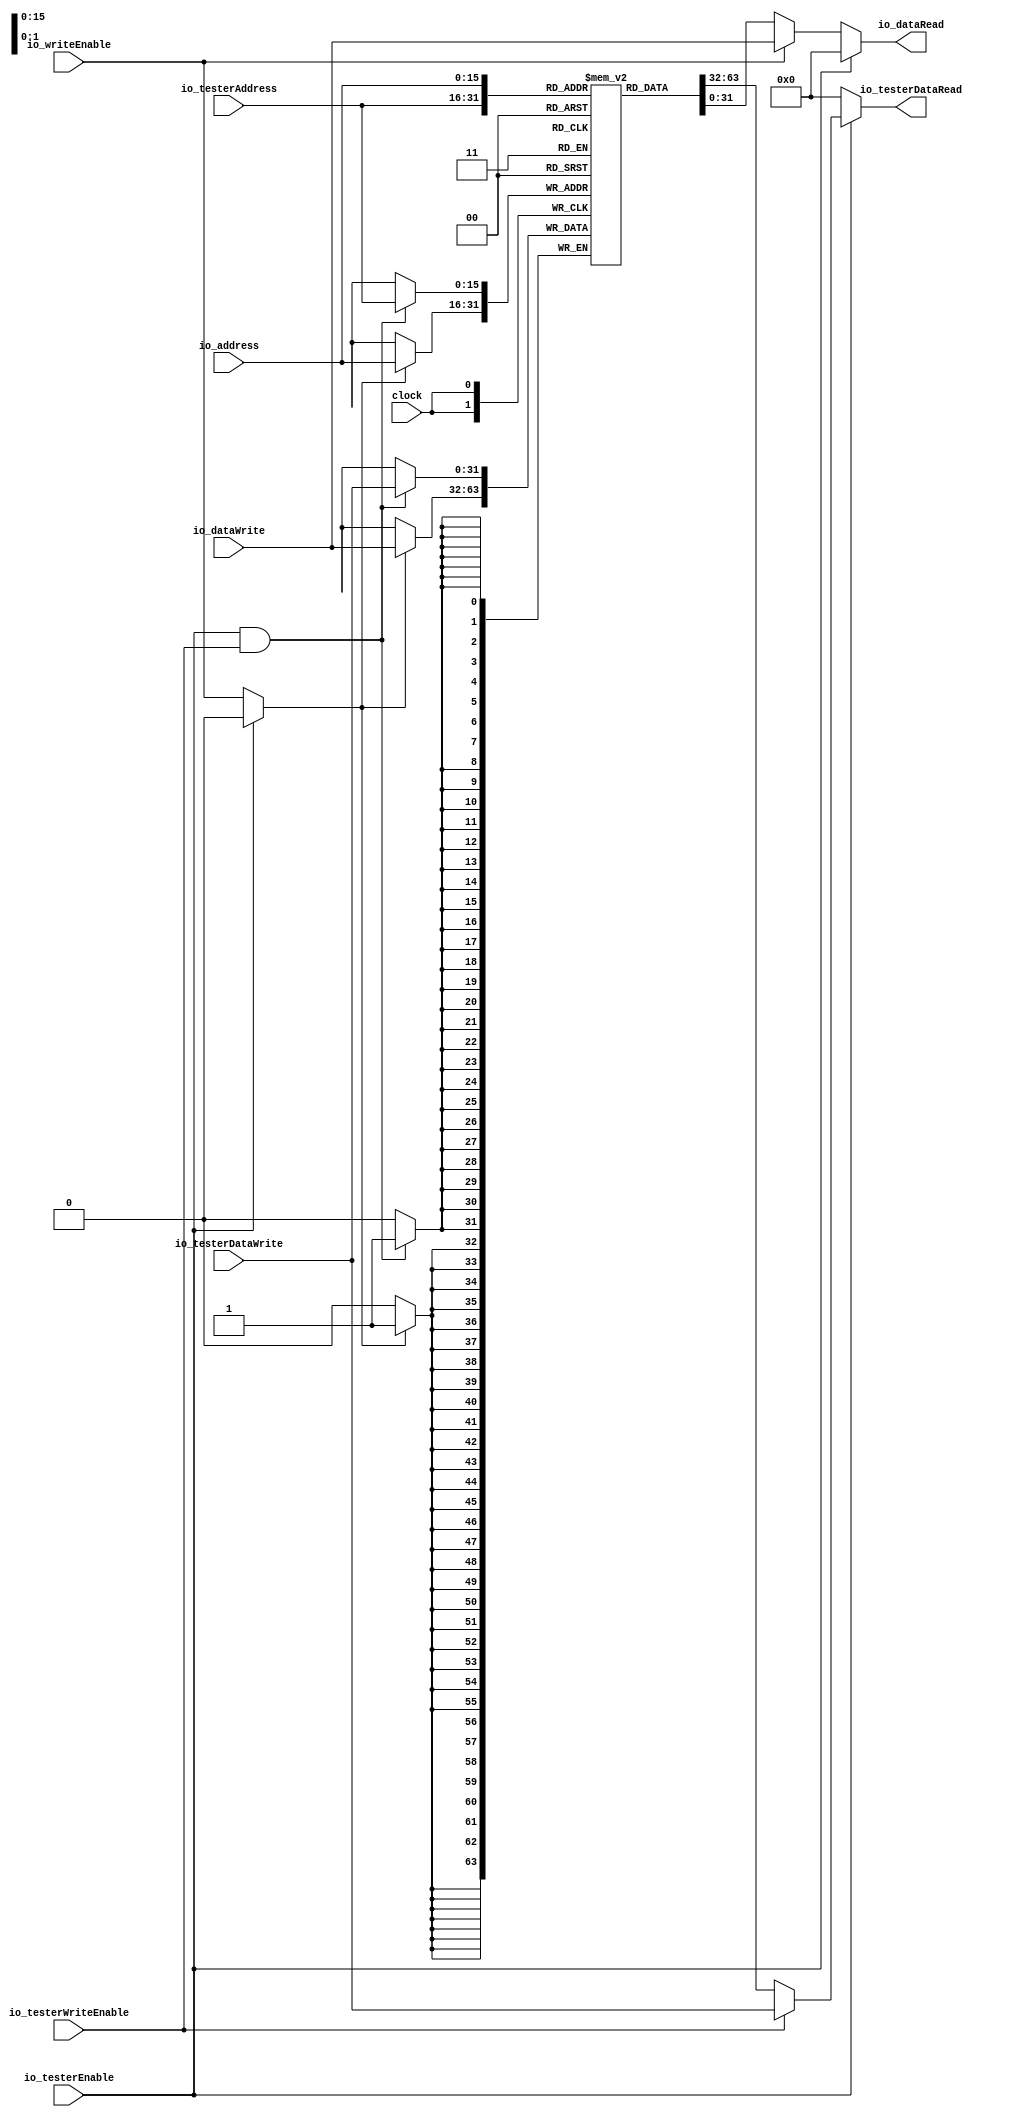
module DataMemory(
  input         clock,
  input  [15:0] io_address,
  output [31:0] io_dataRead,
  input         io_writeEnable,
  input  [31:0] io_dataWrite,
  input         io_testerEnable,
  input  [15:0] io_testerAddress,
  output [31:0] io_testerDataRead,
  input         io_testerWriteEnable,
  input  [31:0] io_testerDataWrite
);
`ifdef RANDOMIZE_MEM_INIT
  reg [31:0] _RAND_0;
`endif // RANDOMIZE_MEM_INIT
  reg [31:0] memory [0:65535]; // @[DataMemory.scala 18:20]
  wire [31:0] memory__T_data; // @[DataMemory.scala 18:20]
  wire [15:0] memory__T_addr; // @[DataMemory.scala 18:20]
  wire [31:0] memory__T_2_data; // @[DataMemory.scala 18:20]
  wire [15:0] memory__T_2_addr; // @[DataMemory.scala 18:20]
  wire [31:0] memory__T_1_data; // @[DataMemory.scala 18:20]
  wire [15:0] memory__T_1_addr; // @[DataMemory.scala 18:20]
  wire  memory__T_1_mask; // @[DataMemory.scala 18:20]
  wire  memory__T_1_en; // @[DataMemory.scala 18:20]
  wire [31:0] memory__T_3_data; // @[DataMemory.scala 18:20]
  wire [15:0] memory__T_3_addr; // @[DataMemory.scala 18:20]
  wire  memory__T_3_mask; // @[DataMemory.scala 18:20]
  wire  memory__T_3_en; // @[DataMemory.scala 18:20]
  wire [31:0] _GEN_5 = io_testerWriteEnable ? io_testerDataWrite : memory__T_data; // @[DataMemory.scala 24:32]
  wire [31:0] _GEN_11 = io_writeEnable ? io_dataWrite : memory__T_2_data; // @[DataMemory.scala 32:26]
  assign memory__T_addr = io_testerAddress;
  assign memory__T_data = memory[memory__T_addr]; // @[DataMemory.scala 18:20]
  assign memory__T_2_addr = io_address;
  assign memory__T_2_data = memory[memory__T_2_addr]; // @[DataMemory.scala 18:20]
  assign memory__T_1_data = io_testerDataWrite;
  assign memory__T_1_addr = io_testerAddress;
  assign memory__T_1_mask = 1'h1;
  assign memory__T_1_en = io_testerEnable & io_testerWriteEnable;
  assign memory__T_3_data = io_dataWrite;
  assign memory__T_3_addr = io_address;
  assign memory__T_3_mask = 1'h1;
  assign memory__T_3_en = io_testerEnable ? 1'h0 : io_writeEnable;
  assign io_dataRead = io_testerEnable ? 32'h0 : _GEN_11; // @[DataMemory.scala 23:17 DataMemory.scala 30:17 DataMemory.scala 34:19]
  assign io_testerDataRead = io_testerEnable ? _GEN_5 : 32'h0; // @[DataMemory.scala 22:23 DataMemory.scala 26:25 DataMemory.scala 31:23]
`ifdef RANDOMIZE_GARBAGE_ASSIGN
`define RANDOMIZE
`endif
`ifdef RANDOMIZE_INVALID_ASSIGN
`define RANDOMIZE
`endif
`ifdef RANDOMIZE_REG_INIT
`define RANDOMIZE
`endif
`ifdef RANDOMIZE_MEM_INIT
`define RANDOMIZE
`endif
`ifndef RANDOM
`define RANDOM $random
`endif
`ifdef RANDOMIZE_MEM_INIT
  integer initvar;
`endif
`ifndef SYNTHESIS
`ifdef FIRRTL_BEFORE_INITIAL
`FIRRTL_BEFORE_INITIAL
`endif
initial begin
  `ifdef RANDOMIZE
    `ifdef INIT_RANDOM
      `INIT_RANDOM
    `endif
    `ifndef VERILATOR
      `ifdef RANDOMIZE_DELAY
        #`RANDOMIZE_DELAY begin end
      `else
        #0.002 begin end
      `endif
    `endif
`ifdef RANDOMIZE_MEM_INIT
  _RAND_0 = {1{`RANDOM}};
  for (initvar = 0; initvar < 65536; initvar = initvar+1)
    memory[initvar] = _RAND_0[31:0];
`endif // RANDOMIZE_MEM_INIT
  `endif // RANDOMIZE
end // initial
`ifdef FIRRTL_AFTER_INITIAL
`FIRRTL_AFTER_INITIAL
`endif
`endif // SYNTHESIS
  always @(posedge clock) begin
    if(memory__T_1_en & memory__T_1_mask) begin
      memory[memory__T_1_addr] <= memory__T_1_data; // @[DataMemory.scala 18:20]
    end
    if(memory__T_3_en & memory__T_3_mask) begin
      memory[memory__T_3_addr] <= memory__T_3_data; // @[DataMemory.scala 18:20]
    end
  end
endmodule
module Hello(
  input         clock,
  input         reset,
  output        io_done,
  input         io_run,
  input         io_testerDataMemEnable,
  input  [15:0] io_testerDataMemAddress,
  output [31:0] io_testerDataMemDataRead,
  input         io_testerDataMemWriteEnable,
  input  [31:0] io_testerDataMemDataWrite
);
`ifdef RANDOMIZE_REG_INIT
  reg [31:0] _RAND_0;
  reg [31:0] _RAND_1;
`endif // RANDOMIZE_REG_INIT
  wire  dataMemory_clock; // @[Hello.scala 33:26]
  wire [15:0] dataMemory_io_address; // @[Hello.scala 33:26]
  wire [31:0] dataMemory_io_dataRead; // @[Hello.scala 33:26]
  wire  dataMemory_io_writeEnable; // @[Hello.scala 33:26]
  wire [31:0] dataMemory_io_dataWrite; // @[Hello.scala 33:26]
  wire  dataMemory_io_testerEnable; // @[Hello.scala 33:26]
  wire [15:0] dataMemory_io_testerAddress; // @[Hello.scala 33:26]
  wire [31:0] dataMemory_io_testerDataRead; // @[Hello.scala 33:26]
  wire  dataMemory_io_testerWriteEnable; // @[Hello.scala 33:26]
  wire [31:0] dataMemory_io_testerDataWrite; // @[Hello.scala 33:26]
  reg [16:0] addressCounterReg; // @[Hello.scala 35:34]
  reg [31:0] dataReg; // @[Hello.scala 36:24]
  wire  _T = addressCounterReg == 17'h320; // @[Hello.scala 39:26]
  wire [16:0] _T_2 = addressCounterReg + 17'h1; // @[Hello.scala 44:46]
  wire  _T_4 = ~addressCounterReg[0]; // @[Hello.scala 48:29]
  wire [7:0] _T_6 = ~dataReg[7:0]; // @[Hello.scala 53:35]
  wire [15:0] _T_11 = addressCounterReg[16:1] + 16'h190; // @[Hello.scala 55:77]
  DataMemory dataMemory ( // @[Hello.scala 33:26]
    .clock(dataMemory_clock),
    .io_address(dataMemory_io_address),
    .io_dataRead(dataMemory_io_dataRead),
    .io_writeEnable(dataMemory_io_writeEnable),
    .io_dataWrite(dataMemory_io_dataWrite),
    .io_testerEnable(dataMemory_io_testerEnable),
    .io_testerAddress(dataMemory_io_testerAddress),
    .io_testerDataRead(dataMemory_io_testerDataRead),
    .io_testerWriteEnable(dataMemory_io_testerWriteEnable),
    .io_testerDataWrite(dataMemory_io_testerDataWrite)
  );
  assign io_done = addressCounterReg == 17'h320; // @[Hello.scala 38:11 Hello.scala 40:13]
  assign io_testerDataMemDataRead = dataMemory_io_testerDataRead; // @[Hello.scala 61:28]
  assign dataMemory_clock = clock;
  assign dataMemory_io_address = addressCounterReg[0] ? _T_11 : addressCounterReg[16:1]; // @[Hello.scala 55:25]
  assign dataMemory_io_writeEnable = addressCounterReg[0]; // @[Hello.scala 57:29]
  assign dataMemory_io_dataWrite = {24'h0,_T_6}; // @[Hello.scala 56:27]
  assign dataMemory_io_testerEnable = io_testerDataMemEnable; // @[Hello.scala 63:30]
  assign dataMemory_io_testerAddress = io_testerDataMemAddress; // @[Hello.scala 60:31]
  assign dataMemory_io_testerWriteEnable = io_testerDataMemWriteEnable; // @[Hello.scala 64:35]
  assign dataMemory_io_testerDataWrite = io_testerDataMemDataWrite; // @[Hello.scala 62:33]
`ifdef RANDOMIZE_GARBAGE_ASSIGN
`define RANDOMIZE
`endif
`ifdef RANDOMIZE_INVALID_ASSIGN
`define RANDOMIZE
`endif
`ifdef RANDOMIZE_REG_INIT
`define RANDOMIZE
`endif
`ifdef RANDOMIZE_MEM_INIT
`define RANDOMIZE
`endif
`ifndef RANDOM
`define RANDOM $random
`endif
`ifdef RANDOMIZE_MEM_INIT
  integer initvar;
`endif
`ifndef SYNTHESIS
`ifdef FIRRTL_BEFORE_INITIAL
`FIRRTL_BEFORE_INITIAL
`endif
initial begin
  `ifdef RANDOMIZE
    `ifdef INIT_RANDOM
      `INIT_RANDOM
    `endif
    `ifndef VERILATOR
      `ifdef RANDOMIZE_DELAY
        #`RANDOMIZE_DELAY begin end
      `else
        #0.002 begin end
      `endif
    `endif
`ifdef RANDOMIZE_REG_INIT
  _RAND_0 = {1{`RANDOM}};
  addressCounterReg = _RAND_0[16:0];
  _RAND_1 = {1{`RANDOM}};
  dataReg = _RAND_1[31:0];
`endif // RANDOMIZE_REG_INIT
  `endif // RANDOMIZE
end // initial
`ifdef FIRRTL_AFTER_INITIAL
`FIRRTL_AFTER_INITIAL
`endif
`endif // SYNTHESIS
  always @(posedge clock) begin
    if (reset) begin
      addressCounterReg <= 17'h0;
    end else if (!(_T)) begin
      if (io_run) begin
        addressCounterReg <= _T_2;
      end
    end
    if (reset) begin
      dataReg <= 32'h0;
    end else if (_T_4) begin
      dataReg <= dataMemory_io_dataRead;
    end
  end
endmodule